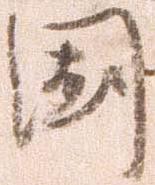
国